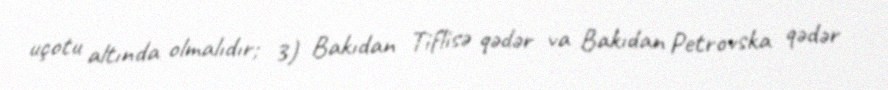
uçotu altında olmalıdır; 3) Bakıdan Tiflisə qədər va Bakıdan Petrovska qədər